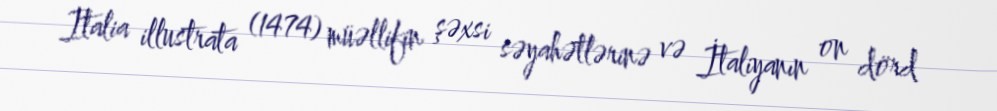
Italia illustrata (1474) müəllifin şəxsi səyahətlərinə və İtaliyanın on dörd